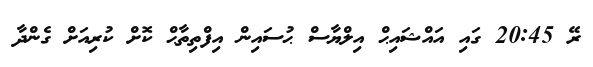
ރޭ 20:45 ގައި އައްޝައިޙް އިލްޔާސް ޙުސައިން އިފްތިތާޙް ކޮށް ކުރިއަށް ގެންދާ